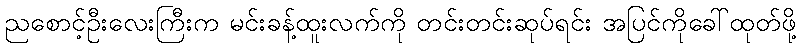
ညစောင့်ဦးလေးကြီးက မင်းခန့်ထူးလက်ကို တင်းတင်းဆုပ်ရင်း အပြင်ကိုခေါ်ထုတ်ဖို့